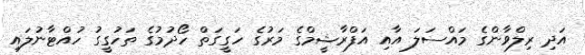
އަދި ރިލްވާންގެ މައްސަލަ އާއި އަފްރާޝީމްގެ މަރުގެ ހަގީގަތް ހޯދުމުގެ ތަހުގީގު ހުއްޓާނުލައި